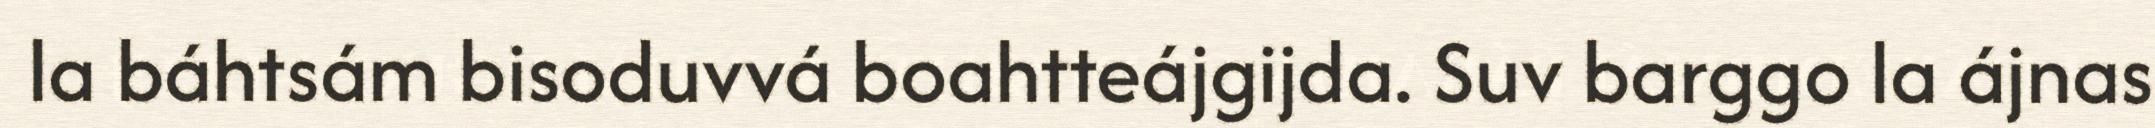
la báhtsám bisoduvvá boahtteájgijda. Suv barggo la ájnas